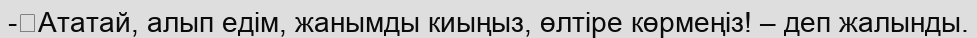
-	Ататай, алып едім, жанымды киыңыз, өлтіре көрмеңіз! – деп жалынды.